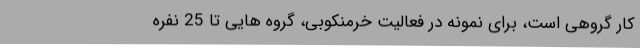
کار گروهی است، برای نمونه در فعالیت خرمنکوبی، گروه هایی تا 25 نفره